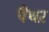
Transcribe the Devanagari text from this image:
पैंथऱ